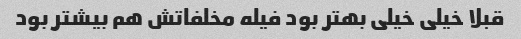
قبلا خیلی خیلی بهتر بود فیله مخلفاتش هم بیشتر بود